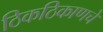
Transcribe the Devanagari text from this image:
ठिकठिकाणचे